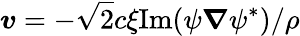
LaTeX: \boldsymbol{v}=-\sqrt{2}c\xi\mathrm{Im}(\psi\boldsymbol{\nabla}\psi^{*})/\rho